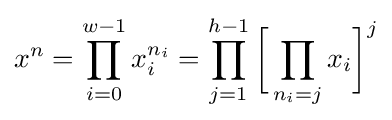
x^{n}=\prod _{i=0}^{w-1}x_{i}^{n_{i}}=\prod _{j=1}^{h-1}{\bigg [}\prod _{n_{i}=j}x_{i}{\bigg ]}^{j}